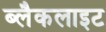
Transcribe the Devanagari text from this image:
ब्लैकलाइट